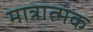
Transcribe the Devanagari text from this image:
मात्रात्‍मक